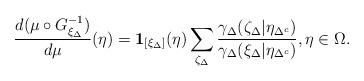
LaTeX: \begin{align*} \frac{d(\mu \circ G_{\xi_{\Delta}}^{-1})}{d\mu}(\eta) = \mathbf{1}_{[\xi_{\Delta}]}(\eta)\sum_{\zeta_{\Delta}} \frac{\gamma_{\Delta}(\zeta_{\Delta} | \eta_{\Delta^c})}{\gamma_{\Delta}(\xi_{\Delta} | \eta_{\Delta^c})}, \eta \in \Omega. \end{align*}